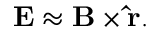
\mathbf { E } \approx \mathbf { B } \times \mathbf { \hat { r } } .